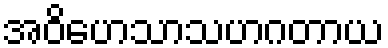
အဝိဟေသာသဟဂတာယ